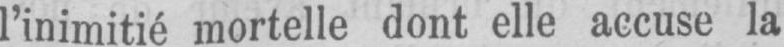
l’inimitié mortelle dont elle accuse la